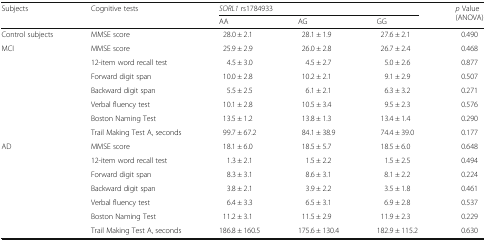
| <ROWSPAN=2> Subjects | <ROWSPAN=2> Cognitive tests | <COLSPAN=3> SORL1 rs1784933 | <ROWSPAN=2> p Value (ANOVA) |
 | AA | AG | GG |
 | --- | --- | --- | --- | --- | --- |
 | Control subjects | MMSE score | 28.0 ± 2.1 | 28.1 ± 1.9 | 27.6 ± 2.1 | 0.490 |
 | <ROWSPAN=7> MCI | MMSE score | 25.9 ± 2.9 | 26.0 ± 2.8 | 26.7 ± 2.4 | 0.468 |
 | 12-item word recall test | 4.5 ± 3.0 | 4.5 ± 2.7 | 5.0 ± 2.6 | 0.877 |
 | Forward digit span | 10.0 ± 2.8 | 10.2 ± 2.1 | 9.1 ± 2.9 | 0.507 |
 | Backward digit span | 5.5 ± 2.5 | 6.1 ± 2.1 | 6.3 ± 3.2 | 0.271 |
 | Verbal fluency test | 10.1 ± 2.8 | 10.5 ± 3.4 | 9.5 ± 2.3 | 0.576 |
 | Boston Naming Test | 13.5 ± 1.2 | 13.8 ± 1.3 | 13.4 ± 1.4 | 0.290 |
 | Trail Making Test A, seconds | 99.7 ± 67.2 | 84.1 ± 38.9 | 74.4 ± 39.0 | 0.177 |
 | <ROWSPAN=7> AD | MMSE score | 18.1 ± 6.0 | 18.5 ± 5.7 | 18.5 ± 6.0 | 0.648 |
 | 12-item word recall test | 1.3 ± 2.1 | 1.5 ± 2.2 | 1.5 ± 2.5 | 0.494 |
 | Forward digit span | 8.3 ± 3.1 | 8.6 ± 3.1 | 8.1 ± 2.2 | 0.224 |
 | Backward digit span | 3.8 ± 2.1 | 3.9 ± 2.2 | 3.5 ± 1.8 | 0.461 |
 | Verbal fluency test | 6.4 ± 3.3 | 6.5 ± 3.1 | 6.9 ± 2.8 | 0.537 |
 | Boston Naming Test | 11.2 ± 3.1 | 11.5 ± 2.9 | 11.9 ± 2.3 | 0.229 |
 | Trail Making Test A, seconds | 186.8 ± 160.5 | 175.6 ± 130.4 | 182.9 ± 115.2 | 0.630 |